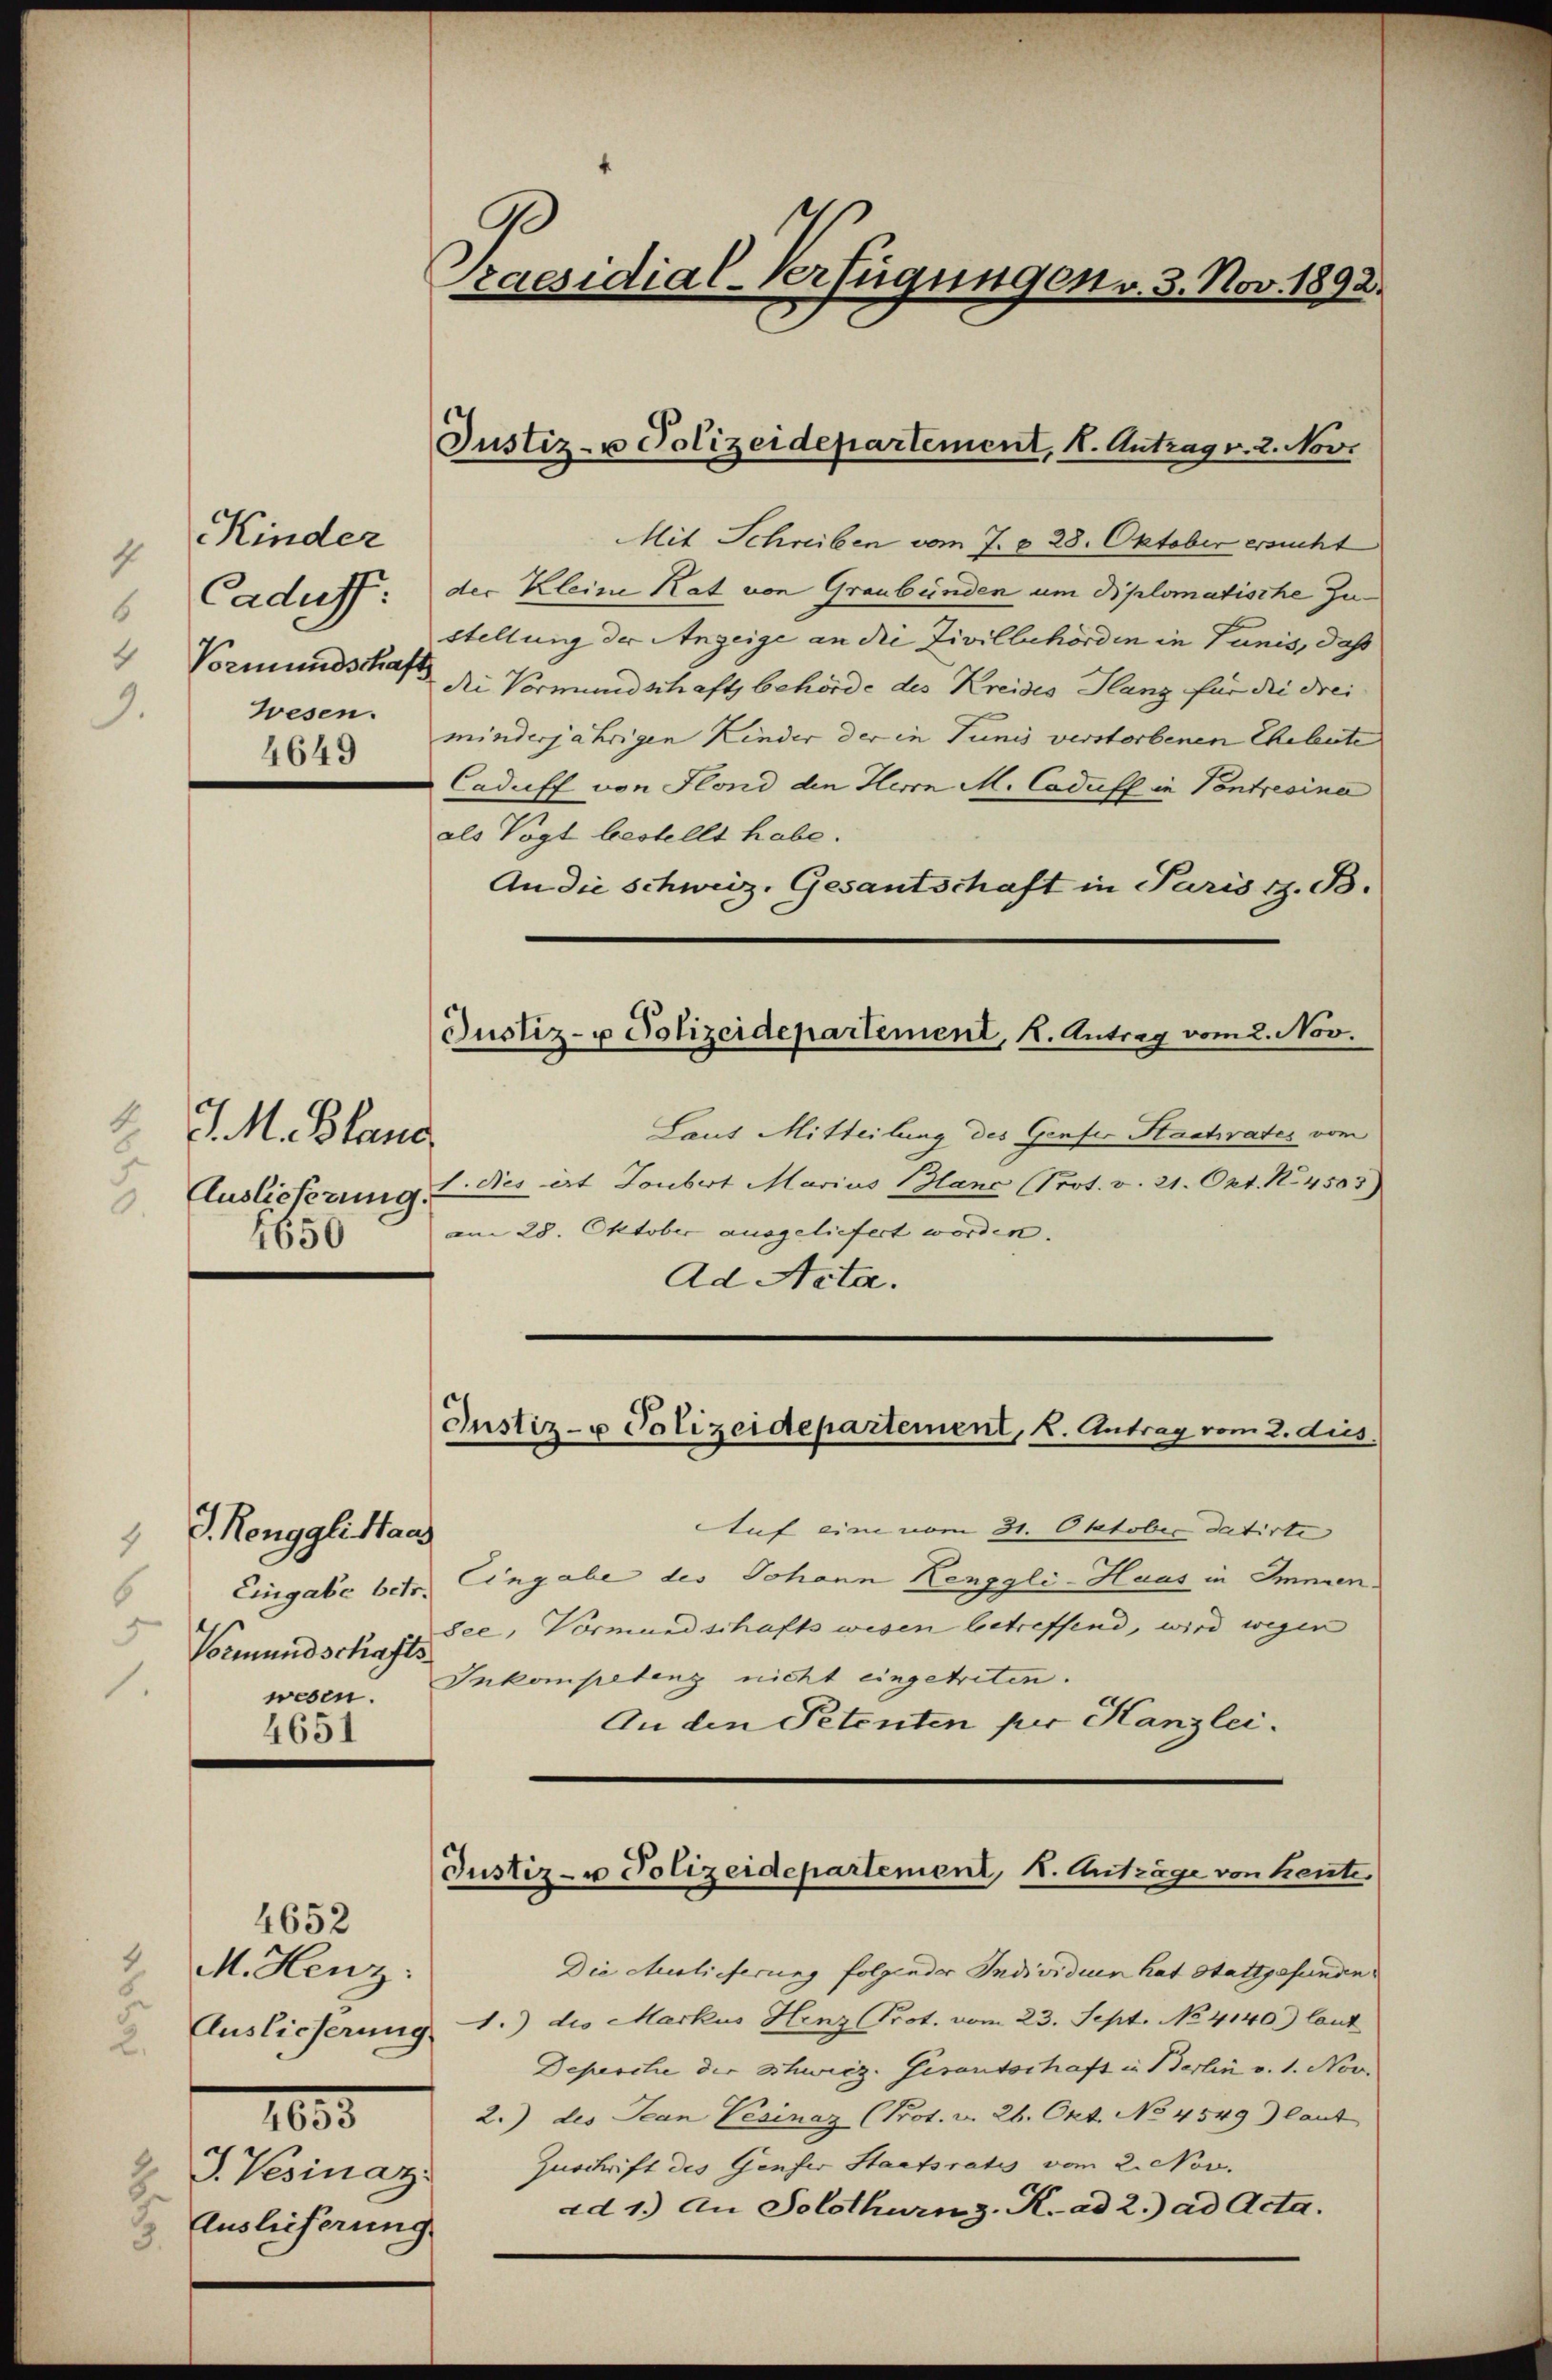
.

2.

.

Kinder
Cadus
Vormundschaf
wesen.
4649

Eingabe betr.
5
Vormundschafts
.
wesen.

J. Renggli Haas

4651

4652
M. Henz:
Auslieferung
1035
J. Vesinaz
Auslieferung

J. M. Bland,
Auslieferung.
4650

Praesidial-Verfügungen v. 3. Nov. 1892.

Justiz- u Polizeidepartement, 1. Antrag v. 2. Nov.

Mit Schreiben vom 7. § 28. Oktober ersucht
der Kleine Rat von Graubünden um Biplomatische Zu-
stellung der Anzeige an die Zivilbehörden in Tunis, daß
Die Vormundschaftsbehörde des Kreises Glanz für die Frei
minderjährigen Kinder der in Tunis verstorbenen Eheleute
Caduff von Fond den Herrn M. Cadufl in Pontresine
als Vogt bestellt habe.
An die Schweiz. Gesantschaft in Paris z. B.
Justiz- u Polizeidepartement, K. Antrag vom 2. Nov.
Laut Mitteilung des Genfer Stadtrates vom
1. Dies art Joubert Marius Blanc (Prot. v. 21. Okt. No. 4503)
am 28. Oktober ausgeliefert worden. |
Ad Acta.

Justiz- u Polizeidepartement, K. Antrag vom 2. dies.

Auf eine vom 31. Oktober datirte
Eingabe des Johann Renggli-Haus in Immen.
dee, Vormundschafts wesen betreffend, wird wegen
Inkompetenz nicht eingetreten.
An den Petenten per Hanzlei.

Justiz- u Polizeidepartement, K. Anträge von heute.

Die Auslieferung folgender Individuum hat Stattgefunden
1.) des Markus Hinz (Prot. vom 23. Sept. No 4140.) laut
Depesche der Schweiz. Gesantschaft in Berlin v. 1. Nov.
2.) des Jean Pesinaz (Prot. v. 26. Okt. No 4549) laut
Zuschrift des Genfer Staatsrats vom 2. Nov.
ad 1.) An Solothurn z. K. ad 2.) ad Acta.